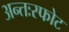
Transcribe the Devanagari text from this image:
अन्तःस्फोट